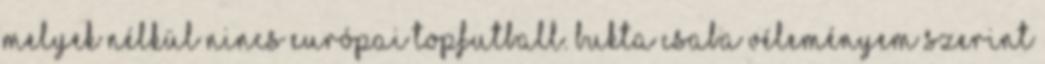
melyek nélkül nincs európai topfutball. Bukta Csaba véleményem szerint